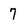
Character: 7